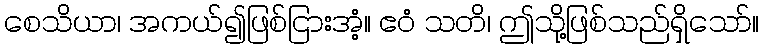
စေသိယာ၊ အကယ်၍ဖြစ်ငြားအံ့။ ဧဝံ သတိ၊ ဤသို့ဖြစ်သည်ရှိသော်။